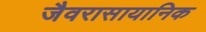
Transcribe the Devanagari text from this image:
जैवरासायानिक